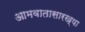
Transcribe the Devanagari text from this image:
आमवातासारख्या